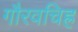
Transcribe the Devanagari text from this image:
गौरवचिह्र